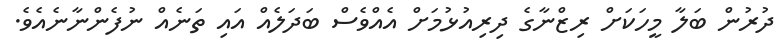
ދުރުން ބަލާ މީހަކަށް ރިޒްނާގެ ދިރިއުޅުމަށް އެއްވެސް ބަދަލެއް އައި ތަނެއް ނުފެންނާނެއެވެ.